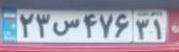
۲۳س۴۷۶۳۱